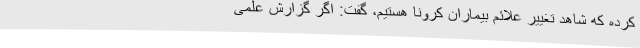
کرده که شاهد تغییر علائم بیماران کرونا هستیم، گفت: اگر گزارش علمی